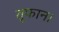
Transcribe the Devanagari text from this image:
तूफान।